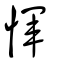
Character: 惲